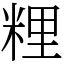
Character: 粴